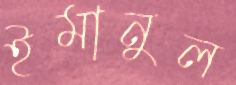
ইমানুল